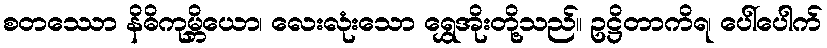
စတဿော နိဓိကုမ္ဘိယော၊ လေးလုံးသော ရွှေအိုးတို့သည်။ ဥဋ္ဌိတာကိရ၊ ပေါ်ပေါက်